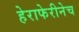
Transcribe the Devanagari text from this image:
हेराफेरीनेच